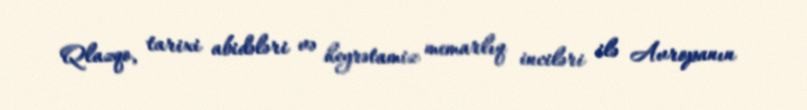
Qlazqo, tarixi abidələri və heyrətamiz memarlıq inciləri ilə Avropanın